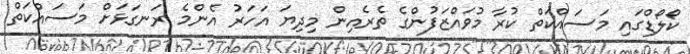
ކޯލޯޑްގައި މަސައްކަތް ކުރާ މުވައްޒަފުންގެ ތެރެއިން މިދިޔަ އަހަރު އެންމެ ރަނގަޅަށް މަސައްކަތް